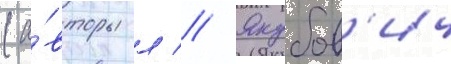
(а́вторы л // Якубов'ич